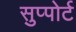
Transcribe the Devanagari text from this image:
सुप्पोर्ट